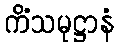
ကိံသမုဋ္ဌာနံ